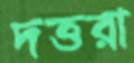
দত্তরা